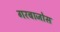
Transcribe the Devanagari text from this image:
गरबाजोस